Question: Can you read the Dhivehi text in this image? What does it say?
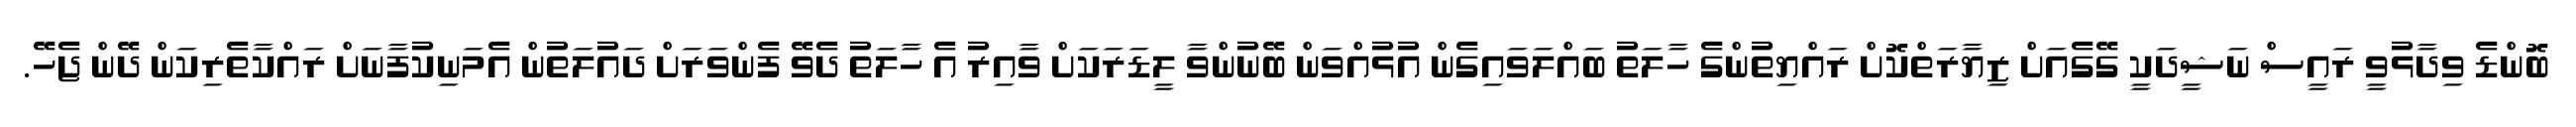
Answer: ބޮންޑެ ވިދާޅުވީ ރައީސް ނަޝީދަކީ ގޭގެއަށް ޒިޔާރަތްކޮށް ރައްޔިތުންގެ ހާލަތު ބައްލަވައިގެން އުޅުއްވަން ބޭނުންވާ ލީޑަރަކަށް ވާއިރު އެ ހާލަތު ދެވޭ ފެންވަރަށް ދައުލަތުން އެމަނިކުފާނަށް ރައްކާތެރިކަން ދޭން ޖެހޭ.